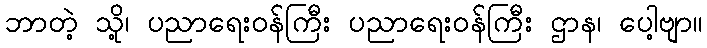
ဘာတဲ့ သို့၊ ပညာရေးဝန်ကြီး ပညာရေးဝန်ကြီး ဌာန၊ ပေါ့ဗျာ။